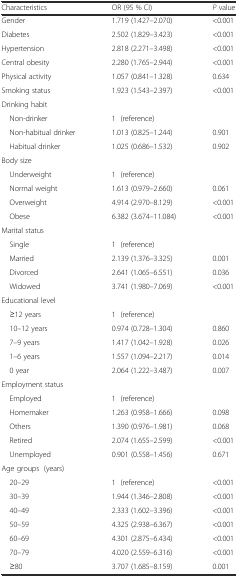
<table><thead><tr><td><b>Characteristics</b></td><td><b>OR (95 % CI)</b></td><td><b><i>P</i> value</b></td></tr></thead><tbody><tr><td>Gender</td><td>1.719 (1.427–2.070)</td><td>&lt;0.001</td></tr><tr><td>Diabetes</td><td>2.502 (1.829–3.423)</td><td>&lt;0.001</td></tr><tr><td>Hypertension</td><td>2.818 (2.271–3.498)</td><td>&lt;0.001</td></tr><tr><td>Central obesity</td><td>2.280 (1.765–2.944)</td><td>&lt;0.001</td></tr><tr><td>Physical activity</td><td>1.057 (0.841–1.328)</td><td>0.634</td></tr><tr><td>Smoking status</td><td>1.923 (1.543–2.397)</td><td>&lt;0.001</td></tr><tr><td>Drinking habit</td><td></td><td></td></tr><tr><td> Non-drinker</td><td>1 (reference)</td><td></td></tr><tr><td> Non-habitual drinker</td><td>1.013 (0.825–1.244)</td><td>0.901</td></tr><tr><td> Habitual drinker</td><td>1.025 (0.686–1.532)</td><td>0.902</td></tr><tr><td>Body size</td><td></td><td></td></tr><tr><td> Underweight</td><td>1 (reference)</td><td></td></tr><tr><td> Normal weight</td><td>1.613 (0.979–2.660)</td><td>0.061</td></tr><tr><td> Overweight</td><td>4.914 (2.970–8.129)</td><td>&lt;0.001</td></tr><tr><td> Obese</td><td>6.382 (3.674–11.084)</td><td>&lt;0.001</td></tr><tr><td>Marital status</td><td></td><td></td></tr><tr><td> Single</td><td>1 (reference)</td><td></td></tr><tr><td> Married</td><td>2.139 (1.376–3.325)</td><td>0.001</td></tr><tr><td> Divorced</td><td>2.641 (1.065–6.551)</td><td>0.036</td></tr><tr><td> Widowed</td><td>3.741 (1.980–7.069)</td><td>&lt;0.001</td></tr><tr><td>Educational level</td><td></td><td></td></tr><tr><td> ≥12 years</td><td>1 (reference)</td><td></td></tr><tr><td> 10–12 years</td><td>0.974 (0.728–1.304)</td><td>0.860</td></tr><tr><td> 7–9 years</td><td>1.417 (1.042–1.928)</td><td>0.026</td></tr><tr><td> 1–6 years</td><td>1.557 (1.094–2.217)</td><td>0.014</td></tr><tr><td> 0 year</td><td>2.064 (1.222–3.487)</td><td>0.007</td></tr><tr><td>Employment status</td><td></td><td></td></tr><tr><td> Employed</td><td>1 (reference)</td><td></td></tr><tr><td> Homemaker</td><td>1.263 (0.958–1.666)</td><td>0.098</td></tr><tr><td> Others</td><td>1.390 (0.976–1.981)</td><td>0.068</td></tr><tr><td> Retired</td><td>2.074 (1.655–2.599)</td><td>&lt;0.001</td></tr><tr><td> Unemployed</td><td>0.901 (0.558–1.456)</td><td>0.671</td></tr><tr><td>Age groups (years)</td><td></td><td></td></tr><tr><td> 20–29</td><td>1 (reference)</td><td>&lt;0.001</td></tr><tr><td> 30–39</td><td>1.944 (1.346–2.808)</td><td>&lt;0.001</td></tr><tr><td> 40–49</td><td>2.333 (1.602–3.396)</td><td>&lt;0.001</td></tr><tr><td> 50–59</td><td>4.325 (2.938–6.367)</td><td>&lt;0.001</td></tr><tr><td> 60–69</td><td>4.301 (2.875–6.434)</td><td>&lt;0.001</td></tr><tr><td> 70–79</td><td>4.020 (2.559–6.316)</td><td>&lt;0.001</td></tr><tr><td> ≥80</td><td>3.707 (1.685–8.159)</td><td>0.001</td></tr></tbody></table>